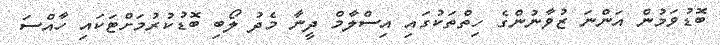
ބޮޑުވަމުން އަންނަ ޒުވާނުންގެ ހިތްތަކުގައި އިސްލާމް ދީނާ މެދު ލޯބި ބޮޑުކުރުމަށްޓަކައި ހާއްސަ